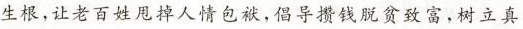
生根，让老百姓甩掉人情包袱，倡导攒钱脱贫致富，树立真